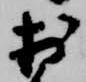
於